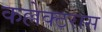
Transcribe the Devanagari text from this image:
कल्लेक्टरास